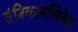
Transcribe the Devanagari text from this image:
तंत्रिकानलिकेत